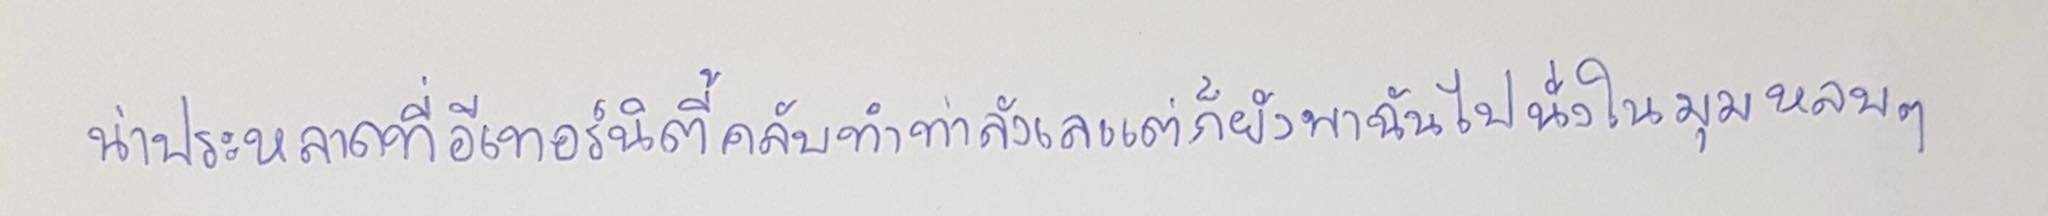
น่าประหลาดที่อีเทอร์นิตี้คลับทำท่าลังเลแต่ก็ยังพาฉันไปนั่งในมุมหลบๆ